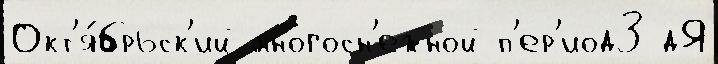
Окт'я́брьск'ий многосн'ежной п'ер'иод3 дЯ